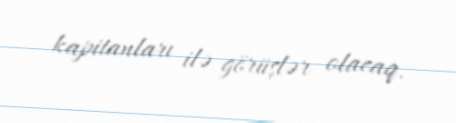
kapitanları ilə görüşlər olacaq.